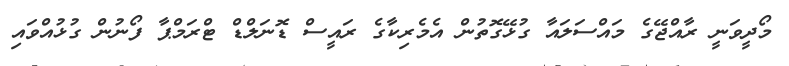
މޯދީވަނީ ރާއްޖޭގެ މައްސަލައާ ގުޅޭގޮތުން އެމެރިކާގެ ރައީސް ޑޮނަލްޑް ޓްރަމްޕާ ފޯނުން ގުޅުއްވައި